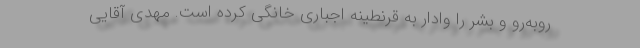
روبه‌رو و بشر را وادار به قرنطینه اجباری خانگی کرده است. مهدی آقایی